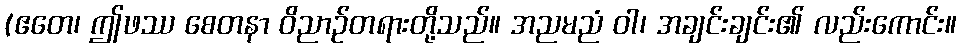
(ဧတေ၊ ဤဖဿ စေတနာ ဝိညာဉ်တရားတို့သည်။ အညမညံ ဝါ၊ အချင်းချင်း၏ လည်းကောင်း။